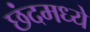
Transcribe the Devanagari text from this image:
छंदमध्ये